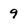
Character: 9